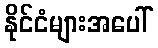
နိုင်ငံများအပေါ်